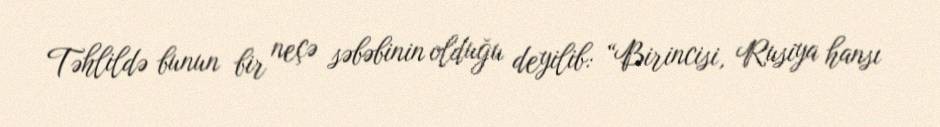
Təhlildə bunun bir neçə səbəbinin olduğu deyilib: “Birincisi, Rusiya hansı